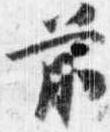
前